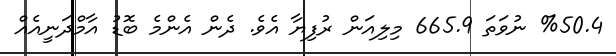
%50.4 ނުވަތަ 665.9 މިލިއަން ރުފިޔާ އެވެ. ދެން އެންމެ ބޮޑު އާމްދަނީއެއް